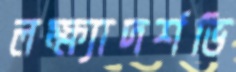
লক্ষ্যাদর্শভি